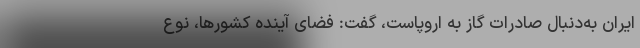
ایران به‌دنبال صادرات گاز به اروپاست، گفت: فضای آینده کشورها، نوع